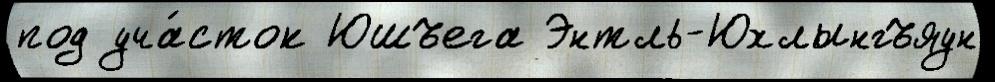
под уча́сток Юшъега Энтль-Юхлынгъяун